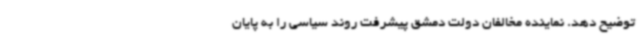
توضیح دهد. نماینده مخالفان دولت دمشق پیشرفت روند سیاسی را به پایان